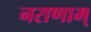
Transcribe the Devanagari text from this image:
नराणाम्